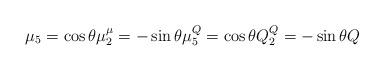
LaTeX: \begin{align*} \mu_5 = \cos \theta \mu \sp \mu_2 = -\sin \theta \mu\sp Q_5 = \cos \theta Q \sp Q_2 = -\sin \theta Q\end{align*}